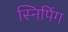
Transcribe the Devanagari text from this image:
स्निपिंग